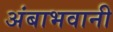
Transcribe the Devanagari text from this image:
अंबाभवानी